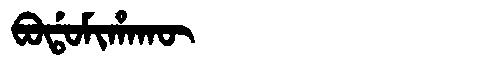
Manchu: ᠪᠣᡩᠣᠮᡳᡥᠠᡴᡡ
Romanization: BODOMIHAKŪ